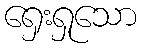
ရှေးရှုသော